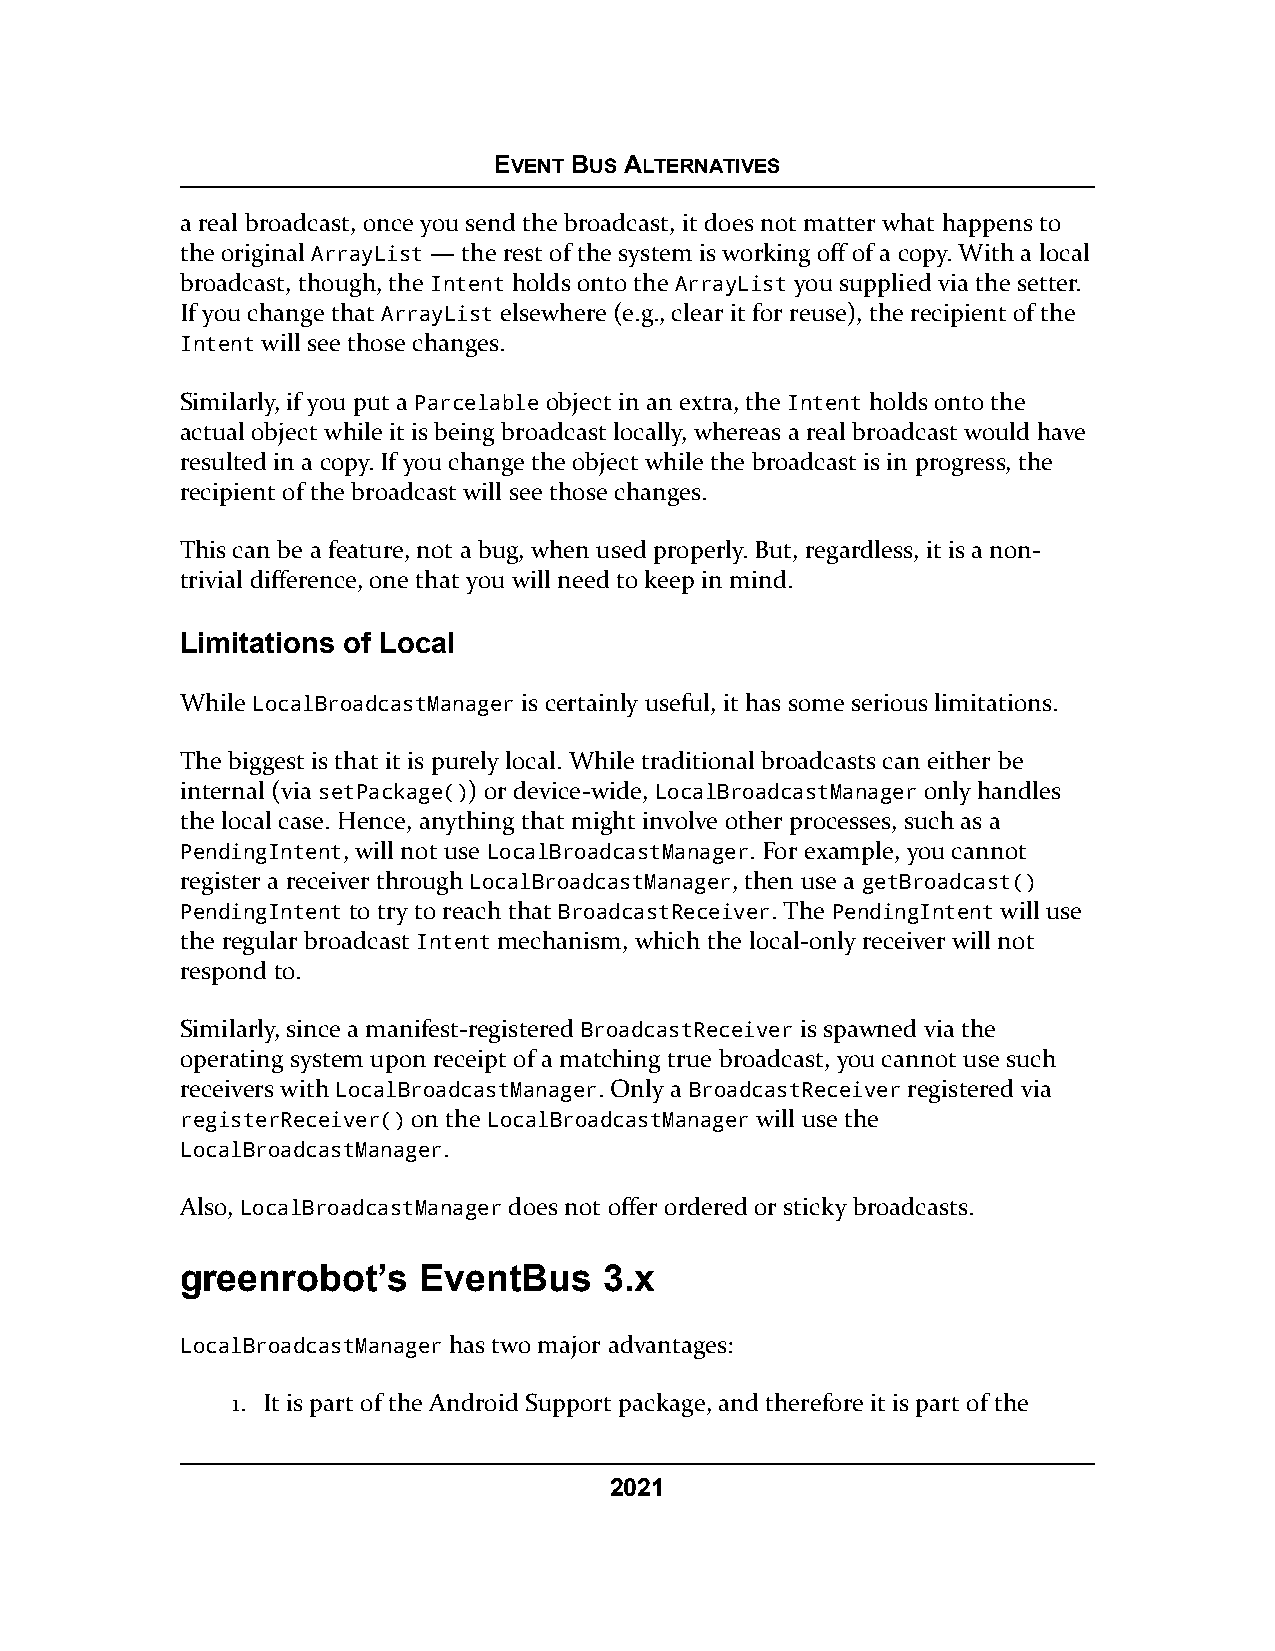
EVENT BUS ALTERNATIVES
 a real broadcast, once you send the broadcast, it does not matter what happens to
 the original ArrayList — the rest of the system is working off of a copy. With a local
 broadcast, though, the Intent holds onto the ArrayList you supplied via the setter.
 If you change that ArrayList elsewhere (e.g., clear it for reuse), the recipient of the
 Intent will see those changes.
 Similarly, if you put a Parcelable object in an extra, the Intent holds onto the
 actual object while it is being broadcast locally, whereas a real broadcast would have
 resulted in a copy. If you change the object while the broadcast is in progress, the
 recipient of the broadcast will see those changes.
 This can be a feature, not a bug, when used properly. But, regardless, it is a non-
 trivial difference, one that you will need to keep in mind.
 Limitations of Local
 While LocalBroadcastManager is certainly useful, it has some serious limitations.
 The biggest is that it is purely local. While traditional broadcasts can either be
 internal (via setPackage()) or device-wide, LocalBroadcastManager only handles
 the local case. Hence, anything that might involve other processes, such as a
 PendingIntent, will not use LocalBroadcastManager. For example, you cannot
 register a receiver through LocalBroadcastManager, then use a getBroadcast()
 PendingIntent to try to reach that BroadcastReceiver. The PendingIntent will use
 the regular broadcast Intent mechanism, which the local-only receiver will not
 respond to.
 Similarly, since a manifest-registered BroadcastReceiver is spawned via the
 operating system upon receipt of a matching true broadcast, you cannot use such
 receivers with LocalBroadcastManager. Only a BroadcastReceiver registered via
 registerReceiver() on the LocalBroadcastManager will use the
 LocalBroadcastManager.
 Also, LocalBroadcastManager does not offer ordered or sticky broadcasts.
 greenrobot’s    EventBus    3.x
 LocalBroadcastManager has two major advantages:
 1. It is part of the Android Support package, and therefore it is part of the
 2021